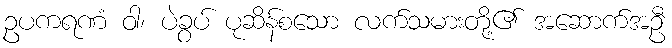
ဥပကရဏံ ဝါ၊ ပဲခွပ် ပုဆိန်စသော လက်သမားတို့၏ အဆောက်အဦ